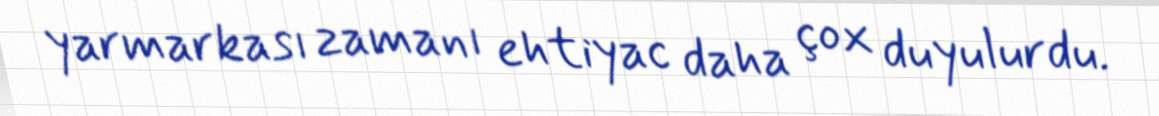
yarmarkası zamanı ehtiyac daha çox duyulurdu.